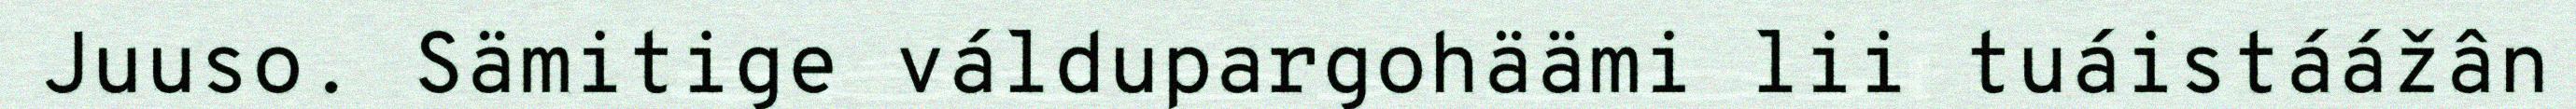
Juuso. Sämitige váldupargohäämi lii tuáistáážân